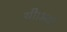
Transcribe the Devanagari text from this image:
थी।आर्ट